Leaving Certificate, 1898
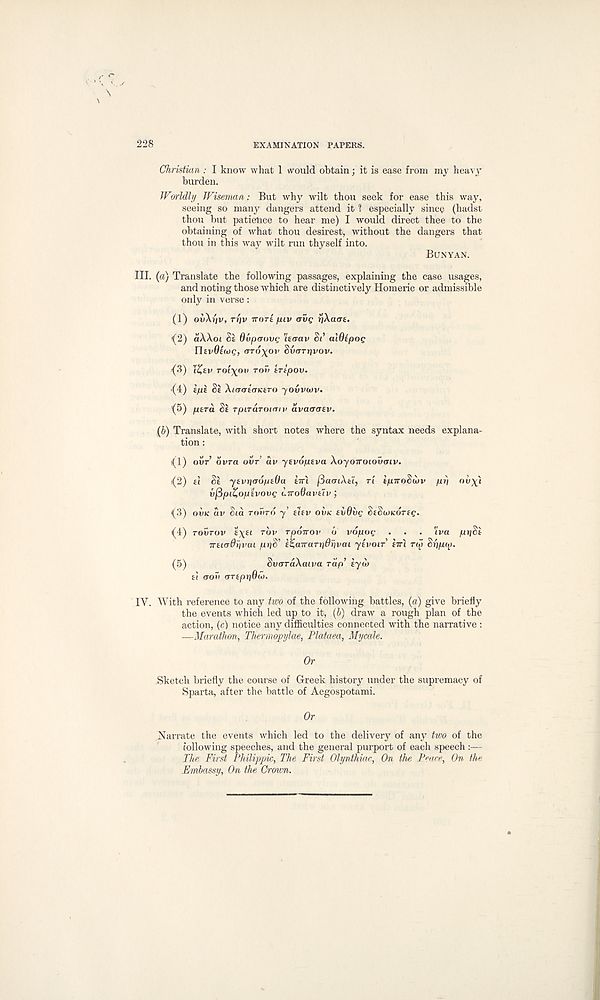
228
EXAMINATION PAPERS.
Christian : I know what 1 would obtain; it is ease from my heavy
burden.
Worldly Wiseman: But why wilt thou seek for ease this way,
seeing so many dangers attend it 1 especially since (hadst
thou but patience to hear me) I would direct thee to the
obtaining of what thou desirest, without the dangers that
thou in this way wilt run thyself into.
BUNYAN.
III. (a) Translate the following passages, explaining the case usages,
and noting those which are distinctively Homeric or admissible
only in verse:
(1) ouXi/v, rriv TTort /uv OVQ riXaat.
(2) a\\oi $£ dvpaovg uaav §/’ alOtpoQ
Utvdicog, (TTO^OV Svarrivov.
{3) IZev Toixov TOV tripov.
'(4) tpt Si A«r<riflrK£ro yovvwv.
(S) pera Si TpiTaroiatv avaaatv.
(h) Translate, with short notes where the syntax needs explana-
tion :
i(l) OVT ovra ovr’ av yevopeva Xoyoiroiovaiv.
(2) £i Si yivr\a6ptDa twi fiaaiXti, ri £^i7roSa»v pp nv^i
vfipiZoptvovg uTToSavtiv;
*(3) OVK av Sia TOVTO y’ £tfv OVK tvOiig SeSaiKong.
(4) rowrov £X£t ruv rpoTrov 6 vdpog . . . iva pySi
irsiaOiivai p»)S’ l%aTraTi\dr\vai yivoir tiri rto Suptj).
(5)
SvaraXatva rap’ iyio
£( aoii (TTtpgOw.
IV. With reference to any two of the following battles, (a) give briefly
the events which led up to it, (6) draw a rough plan of the
action, (c) notice any difficulties connected with the narrative :
—Marathon, Thermopylae, Plataea, Mycale.
Or
.Sketch briefly the course of Greek history under the supremacy of
Sparta, after the battle of Aegospotami.
Or
Narrate the events which led to the delivery of any two of the
following speeches, and the general purport of each speech :—
The First Philippic, The First Olynthiac, On the Peace, On the
Embassy, On the Crown.